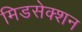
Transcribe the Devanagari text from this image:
मिडसेक्शन